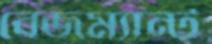
বেজম্যান্ট